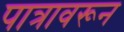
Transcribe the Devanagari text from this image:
पात्रावरून